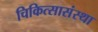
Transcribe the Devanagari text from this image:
चिकित्सासंस्था